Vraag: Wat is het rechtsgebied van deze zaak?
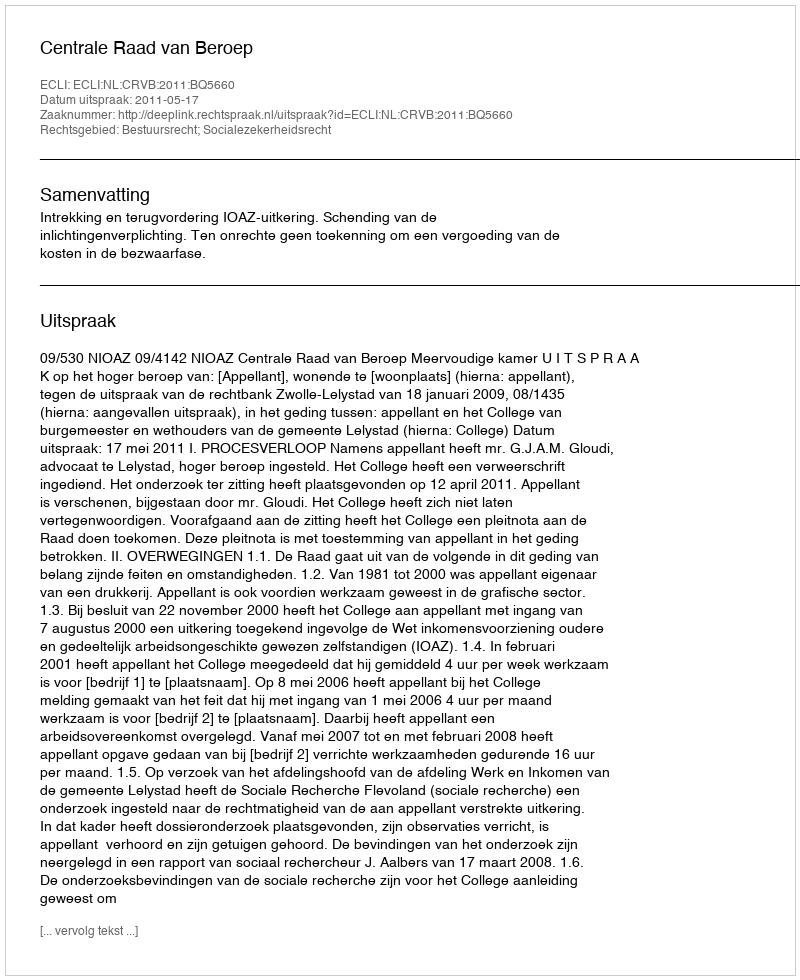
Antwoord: Bestuursrecht; Socialezekerheidsrecht